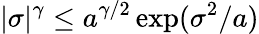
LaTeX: |\sigma|^{\gamma}\leq a^{\gamma/2}\exp(\sigma^{2}/a)